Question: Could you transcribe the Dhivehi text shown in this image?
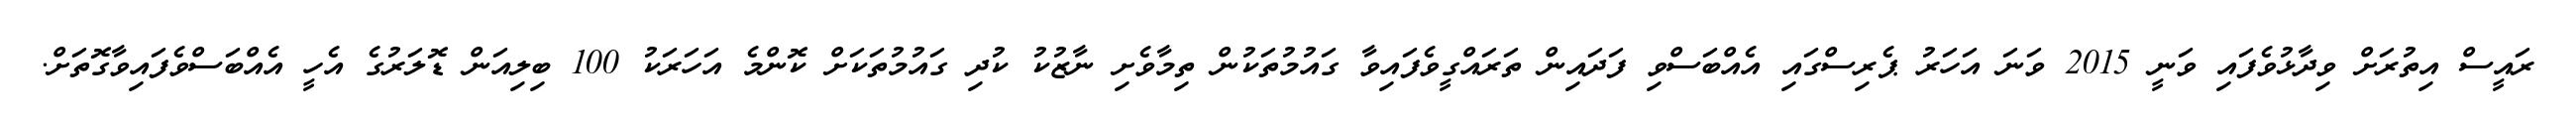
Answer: ރައީސް އިތުރަށް ވިދާޅުވެފައި ވަނީ 2015 ވަނަ އަހަރު ޕެރިސްގައި އެއްބަސްވި ފަދައިން ތަރައްގީވެފައިވާ ގައުމުތަކުން ތިމާވެށި ނާޒުކު ކުދި ގައުމުތަކަށް ކޮންމެ އަހަރަކު 100 ބިލިއަން ޑޮލަރުގެ އެހީ އެއްބަސްވެފައިވާގޮތަށް.